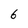
Character: 6